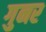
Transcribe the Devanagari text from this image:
गुनर